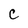
Character: C